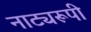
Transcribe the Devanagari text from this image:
नाट्यरूपी